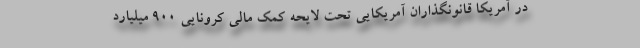
در آمریکا قانونگذاران آمریکایی تحت لایحه کمک مالی کرونایی ۹۰۰ میلیارد